Report on vaccination in the Province of Bengal - 1874-1889
Year: 1874
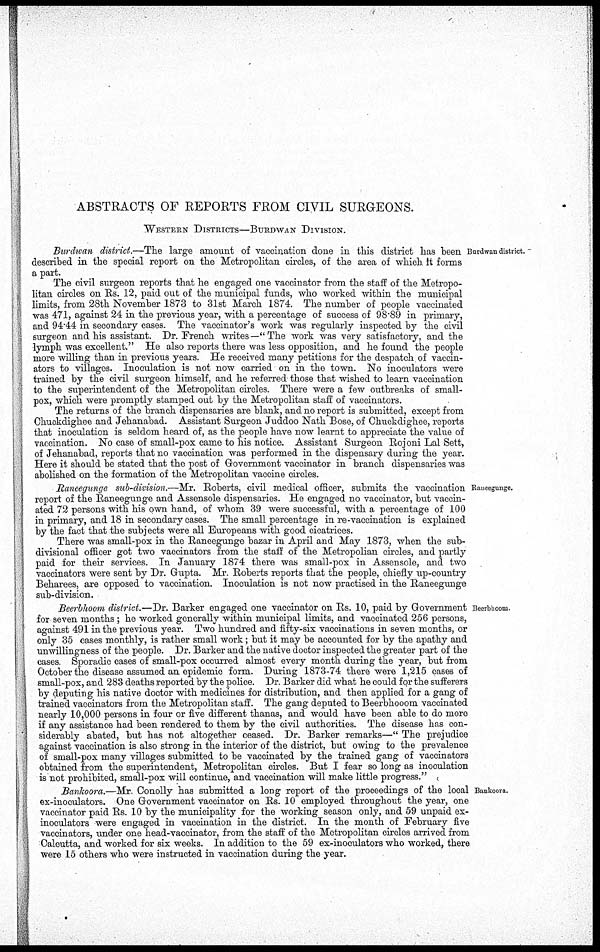
ABSTRACTS OF REPORTS FROM CIVIL SURGEONS.
WESTERN DISTRICTS—BURDWAN DIVISION.
Burdwan district.
Burdwan district.—The large amount of vaccination done in this district has been
described in the special report on the Metropolitan circles, of the area of which it forms
a part.
The civil surgeon reports that he engaged one vaccinator from the staff of the Metropo-
litan circles on Rs. 12, paid out of the municipal funds, who worked within the municipal
limits, from 28th November 1873 to 31st March 1874. The number of people vaccinated
was 471, against 24 in the previous year, with a percentage of success of 98.89 in primary,
and 94.44 in secondary cases. The vaccinator's work was regularly inspected by the civil
surgeon and his assistant. Dr. French writes—"The work was very satisfactory, and the
lymph was excellent." He also reports there was less opposition, and he found the people
more willing than in previous years. He received many petitions for the despatch of vaccin-
ators to villages. Inoculation is not now carried on in the town. No inoculators were
trained by the civil surgeon himself, and he referred those that wished to learn vaccination
to the superintendent of the Metropolitan circles. There were a few outbreaks of small-
pox, which were promptly stamped out by the Metropolitan staff of vaccinators.
The returns of the branch dispensaries are blank, and no report is submitted, except from
Chuckdighee and Jehanabad. Assistant Surgeon Juddoo Nath Bose, of Chuckdighee, reports
that inoculation is seldom heard of, as the people have now learnt to appreciate the value of
vaccination. No case of small-pox came to his notice. Assistant Surgeon Rojoni Lal Sett,
of Jehanabad, reports that no vaccination was performed in the dispensary during the year.
Here it should be stated that the post of Government vaccinator in branch dispensaries was
abolished on the formation of the Metropolitan vaccine circles.
Raneegunge.
Raneegunge sub-division.—Mr. Roberts, civil medical officer, submits the vaccination
report of the Raneegunge and Assensole dispensaries. He engaged no vaccinator, but vaccin-
ated 72 persons with his own hand, of whom 39 were successful, with a percentage of 100
in primary, and 18 in secondary cases. The small percentage in re-vaccination is explained
by the fact that the subjects were all Europeans with good cicatrices.
There was small-pox in the Raneegunge bazar in April and May 1873, when the sub-
divisional officer got two vaccinators from the staff of the Metropolian circles, and partly
paid for their services. In January 1874 there was small-pox in Assensole, and two
vaccinators were sent by Dr. Gupta. Mr. Roberts reports that the people, chiefly up-country
Beharees, are opposed to vaccination. Inoculation is not now practised in the Raneegunge
sub-division.
Beerbhoom.
Beerbhoom district.—Dr. Barker engaged one vaccinator on Rs. 10, paid by Government
for seven months ; he worked generally within municipal limits, and vaccinated 256 persons,
against 491 in the previous year. Two hundred and fifty-six vaccinations in seven months, or
only 35 cases monthly, is rather small work; but it may be accounted for by the apathy and
unwillingness of the people. Dr. Barker and the native doctor inspected the greater part of the
cases. Sporadic cases of small-pox occurred almost every month during the year, but from
October the disease assumed an epidemic form. During 1873-74 there were 1,215 cases of
small-pox, and 283 deaths reported by the police. Dr. Barker did what he could for the sufferers
by deputing his native doctor with medicines for distribution, and then applied for a gang of
trained vaccinators from the Metropolitan staff. The gang deputed to Beerbhooom vaccinated
nearly 10,000 persons in four or five different thanas, and would have been able to do more
if any assistance had been rendered to them by the civil authorities. The disease has con-
siderably abated, but has not altogether ceased. Dr. Barker remarks—" The prejudice
against vaccination is also strong in the interior of the district, but owing to the prevalence
of small-pox many villages submitted to be vaccinated by the trained gang of vaccinators
obtained from the superintendent, Metropolitan circles. But I fear so long as inoculation
is not prohibited, small-pox will continue, and vaccination will make little progress."
Bankoora.
Bankoora.—Mr. Conolly has submitted a long report of the proceedings of the local
ex-inoculators. One Government vaccinator on Rs. 10 employed throughout the year, one
vaccinator paid Rs. 10 by the municipality for the working season only, and 59 unpaid ex-
inoculators were engaged in vaccination in the district. In the month of February five
vaccinators, under one head-vaccinator, from the staff of the Metropolitan circles arrived from
Calcutta, and worked for six weeks. In addition to the 59 ex-inoculators who worked, there
were 15 others who were instructed in vaccination during the year.